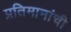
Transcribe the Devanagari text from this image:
प्रतिमानांची